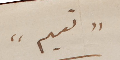
" تعميم"